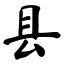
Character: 县